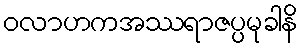
ဝလာဟကအဿရာဇပ္ပမုခါနိ